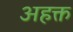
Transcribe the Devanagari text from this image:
अहक्त